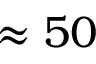
\approx 5 0